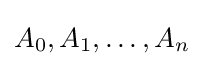
A_{0},A_{1},\ldots ,A_{n}